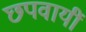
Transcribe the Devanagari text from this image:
छपवायीं